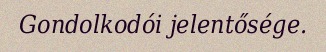
Gondolkodói jelentősége.